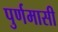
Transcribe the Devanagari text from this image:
पुर्णमासी